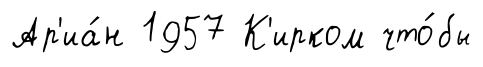
Ар'иа́н 1957 К'ирком что́бы